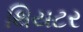
થિયટર